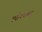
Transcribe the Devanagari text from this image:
एरोफ्वायल